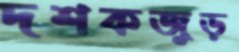
দশকজুড়